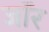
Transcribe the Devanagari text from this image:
जॉर